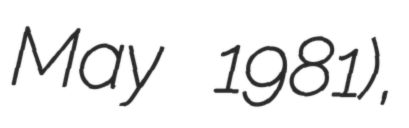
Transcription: May 1981),